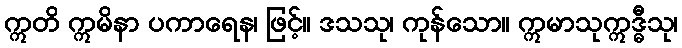
ဣတိ ဣမိနာ ပကာရေန၊ ဖြင့်။ ဒသသု၊ ကုန်သော။ ဣမာသုဣဒ္ဓီသု၊